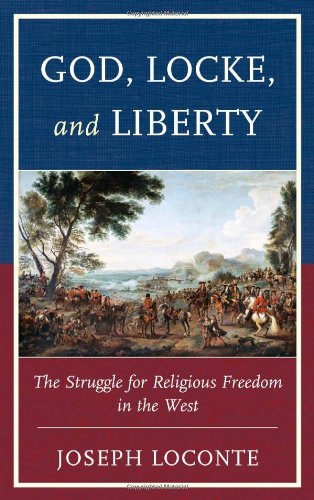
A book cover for God, Locke, and Liberty: The Struggle for Religious Freedom in the West; Joseph Loconte; Christian Books & Bibles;